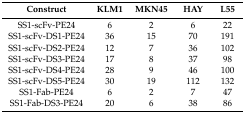
<table><thead><tr><td><b>Construct</b></td><td><b>KLM1</b></td><td><b>MKN45</b></td><td><b>HAY</b></td><td><b>L55</b></td></tr></thead><tbody><tr><td>SS1-scFv-PE24</td><td>6</td><td>2</td><td>6</td><td>22</td></tr><tr><td>SS1-scFv-DS1-PE24</td><td>36</td><td>15</td><td>70</td><td>191</td></tr><tr><td>SS1-scFv-DS2-PE24</td><td>12</td><td>7</td><td>36</td><td>102</td></tr><tr><td>SS1-scFv-DS3-PE24</td><td>17</td><td>8</td><td>37</td><td>98</td></tr><tr><td>SS1-scFv-DS4-PE24</td><td>28</td><td>9</td><td>46</td><td>100</td></tr><tr><td>SS1-scFv-DS5-PE24</td><td>30</td><td>19</td><td>112</td><td>132</td></tr><tr><td>SS1-Fab-PE24</td><td>6</td><td>2</td><td>7</td><td>47</td></tr><tr><td>SS1-Fab-DS3-PE24</td><td>20</td><td>6</td><td>38</td><td>86</td></tr></tbody></table>